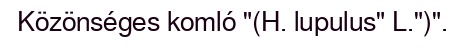
Közönséges komló "(H. lupulus" L.")".